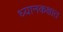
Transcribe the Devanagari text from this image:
ध्यानकक्षात